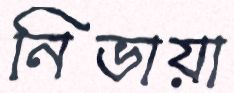
নিভায়া